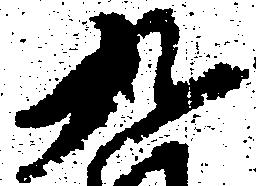
九